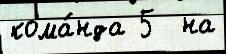
кома́нда 5  на